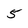
Character: 5